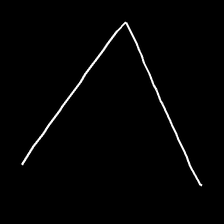
Glyph: region